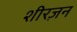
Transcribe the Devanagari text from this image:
शीरज़न